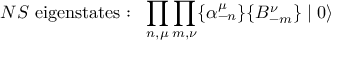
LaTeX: N S ~ \mathrm { e i g e n s t a t e s : } \: \: \: \prod _ { n , \mu } \prod _ { m , \nu } \{ \alpha _ { - n } ^ { \mu } \} \{ B _ { - m } ^ { \nu } \} \mid 0 \rangle